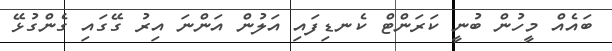
ބައެއް މީހުން ބުނީ ކަރަންޓް ކެނޑިފައި އަލުން އަންނަ އިރު ގޭގައި ގެންގުޅޭ